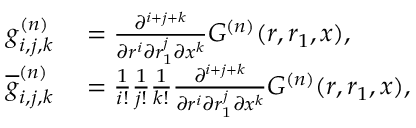
\begin{array} { r l } { g _ { i , j , k } ^ { ( n ) } } & { { } = \frac { \partial ^ { i + j + k } } { \partial r ^ { i } \partial r _ { 1 } ^ { j } \partial x ^ { k } } G ^ { ( n ) } ( r , r _ { 1 } , x ) , } \\ { \overline { { g } } _ { i , j , k } ^ { ( n ) } } & { { } = \frac { 1 } { i ! } \frac { 1 } { j ! } \frac { 1 } { k ! } \frac { \partial ^ { i + j + k } } { \partial r ^ { i } \partial r _ { 1 } ^ { j } \partial x ^ { k } } G ^ { ( n ) } ( r , r _ { 1 } , x ) , } \end{array}